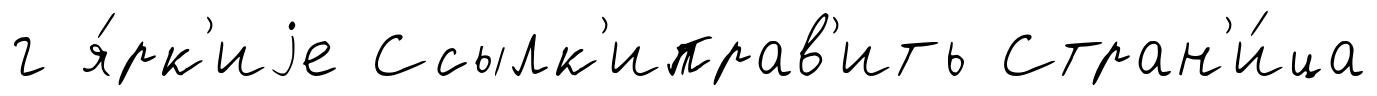
г я́рк'иjе Ссылк'иправ'ить Стран'и́ца